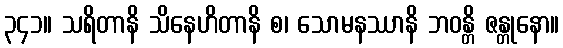
၃၄၁။ သရိတာနိ သိနေဟိတာနိ စ၊ သောမနဿာနိ ဘဝန္တိ ဇန္တုနော။